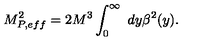
M _ { P , e f f } ^ { 2 } = 2 M ^ { 3 } \int _ { 0 } ^ { \infty } \ d y \beta ^ { 2 } ( y ) .